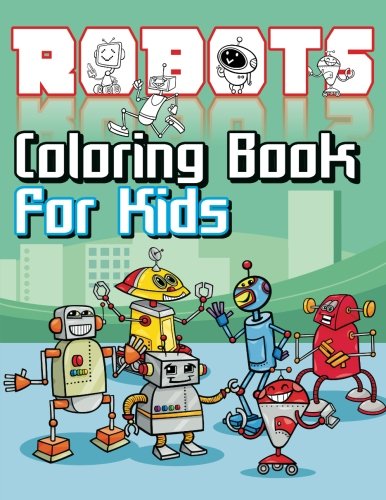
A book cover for Robots Coloring Book For Kids (Super Fun Coloring Books For Kids) (Volume 20); Lilt Kids Coloring Books; Children's Books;